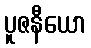
ပူဇနီယော